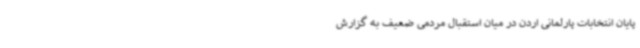
پایان انتخابات پارلمانی اردن در میان استقبال مردمی ضعیف به گزارش